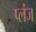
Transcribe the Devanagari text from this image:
प्लंज